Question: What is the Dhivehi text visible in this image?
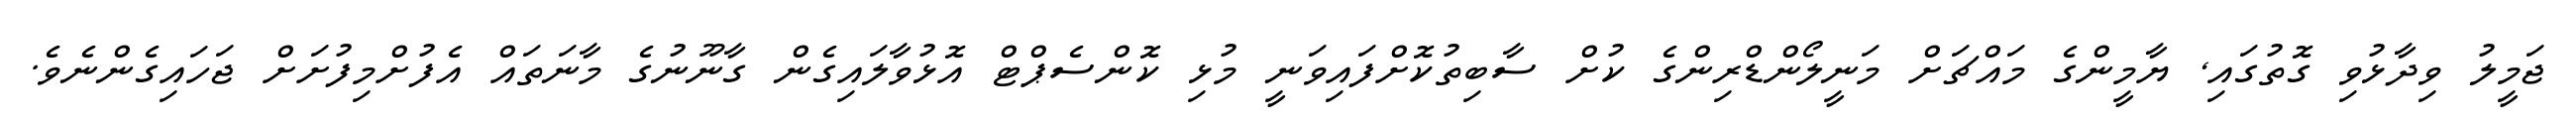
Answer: ޖަމީލު ވިދާޅުވި ގޮތުގައި, ޔާމީންގެ މައްޗަށް މަނީލޯންޑްރިންގެ ކުށް ސާބިތުކޮށްފައިވަނީ މުޅި ކޮންސެޕްޓް އޮޅުވާލައިގެން ގާނޫނުގެ މާނަތައް އެފުށްމިފުށަށް ޖަހައިގެންނެވެ.